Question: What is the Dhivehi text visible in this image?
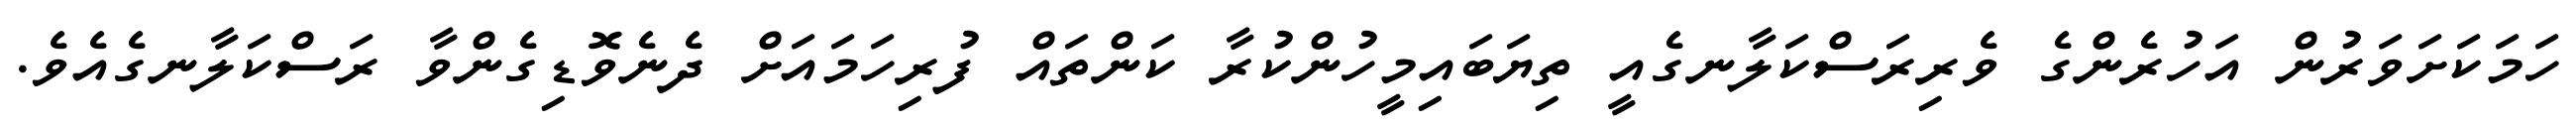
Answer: ހަމަކަށަވަރުން އަހުރެންގެ ވެރިރަސްކަލާނގެއީ ތިޔަބައިމީހުންކުރާ ކަންތައް ފުރިހަމައަށް ދެނެވޮޑިގެންވާ ރަސްކަލާނގެއެވެ.